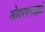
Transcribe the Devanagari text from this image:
ओवरफ़्लाइटों